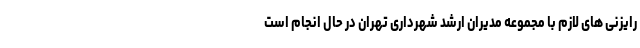
رایزنی های لازم با مجموعه مدیران ارشد شهرداری تهران در حال انجام است